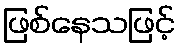
ဖြစ်နေသဖြင့်